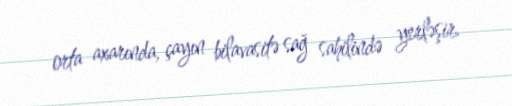
orta axarında, çayın bilavasitə sağ sahilində yerləşir.